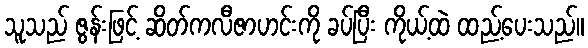
သူသည် ဇွန်းဖြင့် ဆိတ်ကလီဇာဟင်းကို ခပ်ပြီး ကိုယ့်ထဲ ထည့်ပေးသည်။